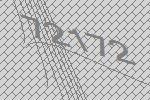
72172